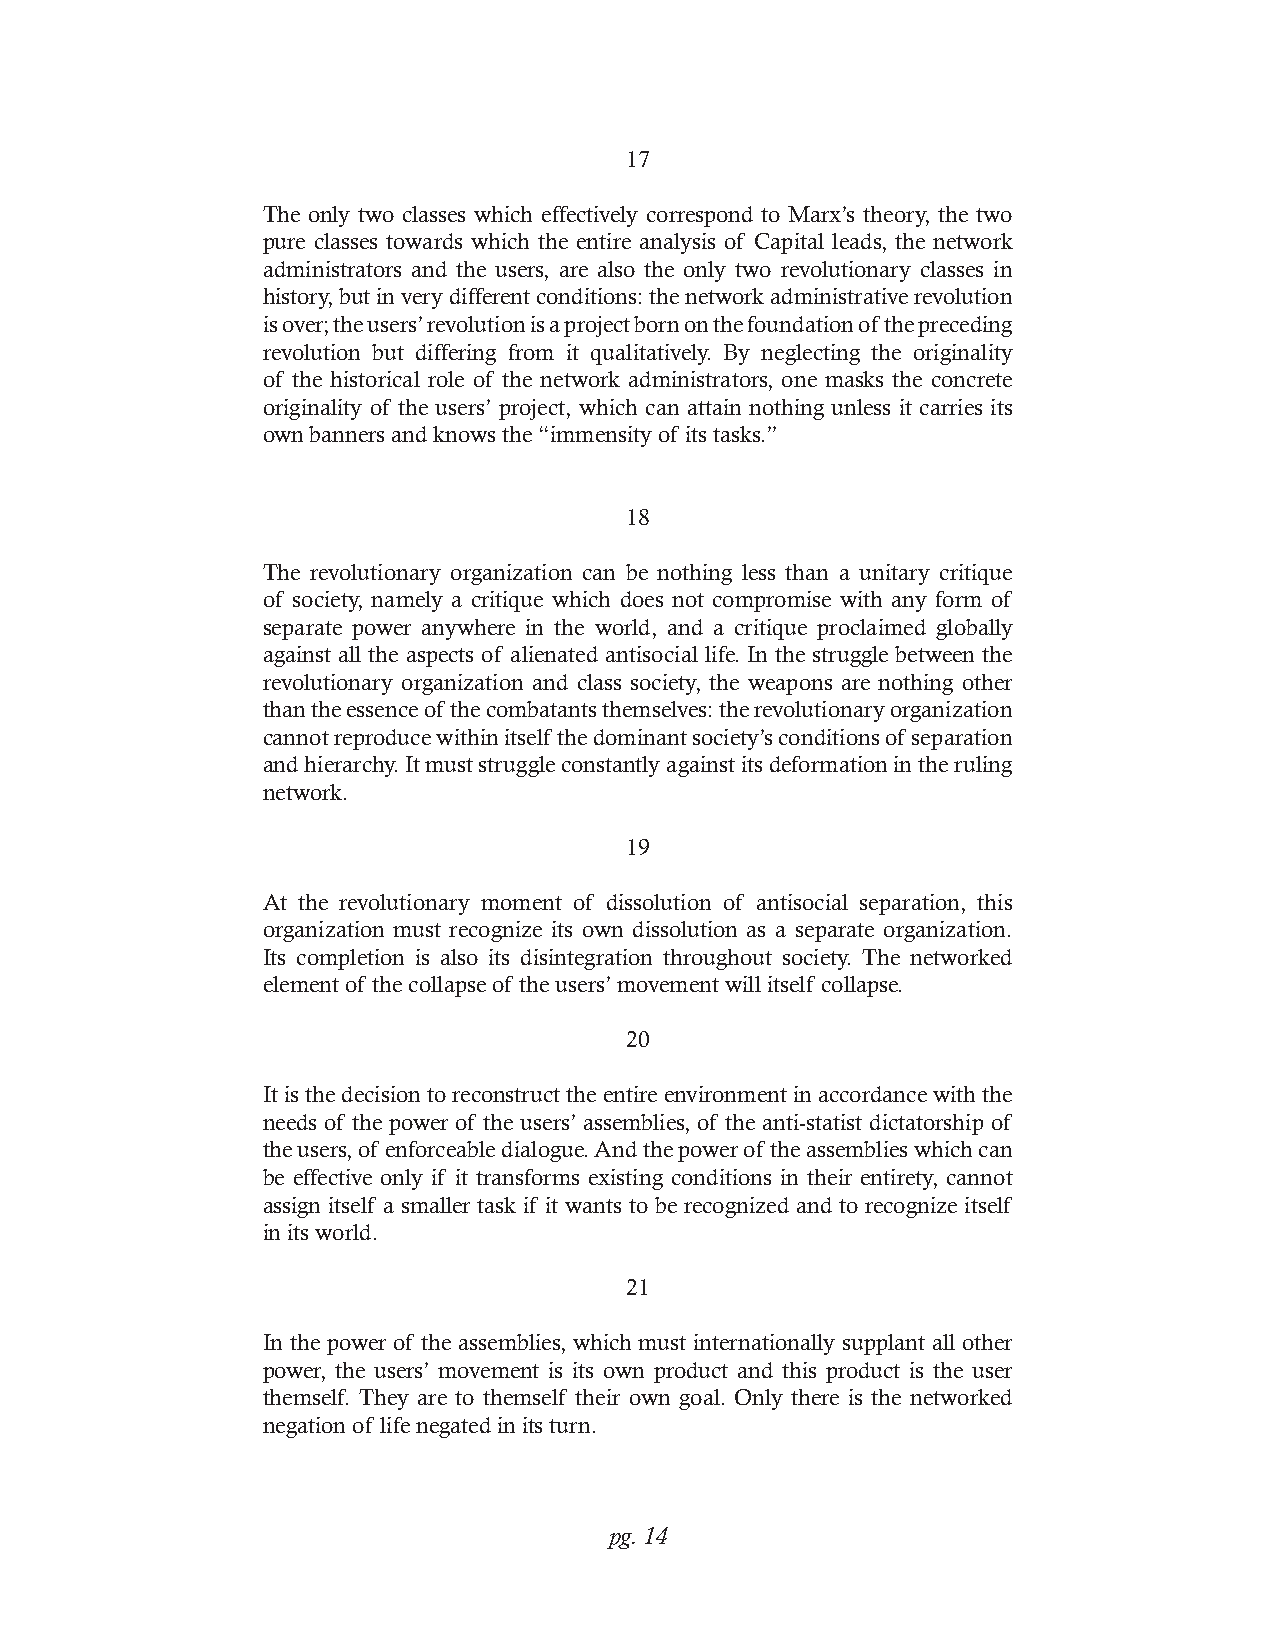
17
 The only two classes which effectively correspond to Marx’s theory, the two
 pure classes towards which the entire analysis of Capital leads, the network
 administrators and the users, are also the only two revolutionary classes in
 history, but in very different conditions: the network administrative revolution
 is over; the users’ revolution is a project born on the foundation of the preceding
 revolution but differing from it qualitatively. By neglecting the originality
 of the historical role of the network administrators, one masks the concrete
 originality of the users’ project, which can attain nothing unless it carries its
 own banners and knows the “immensity of its tasks.”
 18
 The revolutionary organization can be nothing less than a unitary critique
 of society, namely a critique which does not compromise with any form of
 separate power anywhere in the world, and a critique proclaimed globally
 against all the aspects of alienated antisocial life. In the struggle between the
 revolutionary organization and class society, the weapons are nothing other
 than the essence of the combatants themselves: the revolutionary organization
 cannot reproduce within itself the dominant society’s conditions of separation
 and hierarchy. It must struggle constantly against its deformation in the ruling
 network.
 19
 At the revolutionary moment of dissolution of antisocial separation, this
 organization must recognize its own dissolution as a separate organization.
 Its completion is also its disintegration throughout society. The networked
 element of the collapse of the users’ movement will itself collapse.
 20
 It is the decision to reconstruct the entire environment in accordance with the
 needs of the power of the users’ assemblies, of the anti-statist dictatorship of
 the users, of enforceable dialogue. And the power of the assemblies which can
 be effective only if it transforms existing conditions in their entirety, cannot
 assign itself a smaller task if it wants to be recognized and to recognize itself
 in its world.
 21
 In the power of the assemblies, which must internationally supplant all other
 power, the users’ movement is its own product and this product is the user
 themself. They are to themself their own goal. Only there is the networked
 negation of life negated in its turn.
 pg. 14